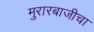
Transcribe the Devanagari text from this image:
मुरारबाजीचा